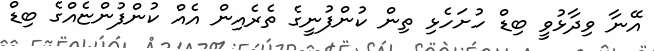
އޭނާ ވިދާޅުވީ ބިޑް ހުށަހެޅި ތިން ކުންފުނީގެ ތެރެއިން އެއް ކުންފުންޏެއްގެ ބިޑް